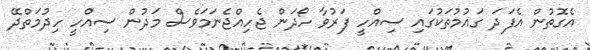
އެގޮތުން އެފަދަ ގައުމުތަކުގައި ސިއްހީ ފަރުވާ ހޯދަން ޖެހިއްޖެނަމަވެސް މަދުން ސިއްހީ ހިދުމަތްދޭ